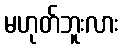
မဟုတ်ဘူးလား